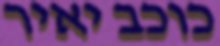
כוכב יאיר